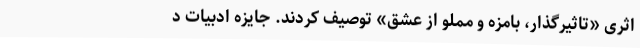
اثری «تاثیرگذار، بامزه و مملو از عشق» توصیف کردند. جایزه ادبیات د